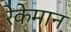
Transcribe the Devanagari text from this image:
रेकेमान